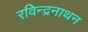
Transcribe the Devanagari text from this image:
रविन्द्रनाथन